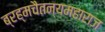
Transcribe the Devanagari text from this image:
ब्रह्मचैतन्यमहाराज